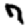
Digit: 7